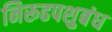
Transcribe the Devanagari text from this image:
निरूढपशुबंध